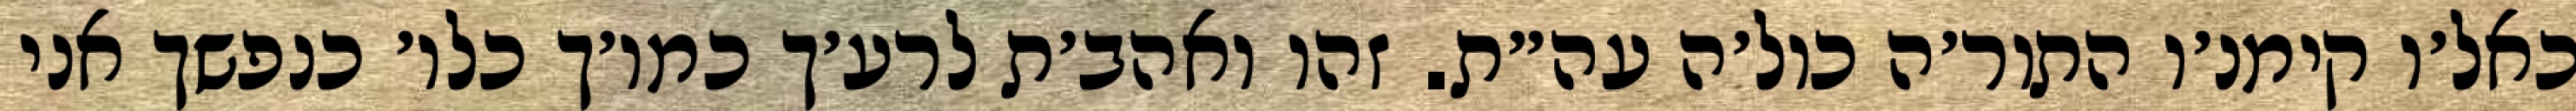
כאל׳ו קימנ׳ו התור׳ה כול׳ה עה״ת. זהו ואהב׳ת לרע׳ך כמו׳ך כלו׳ כנפשך אני